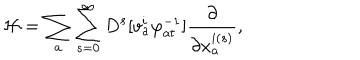
{ \cal H } = \sum _ { a } \sum _ { s = 0 } ^ { \infty } D ^ { s } [ v _ { a } ^ { i } \varphi _ { a t } ^ { - 1 } ] \frac { \partial } { \partial x _ { a } ^ { i ( s ) } } ,